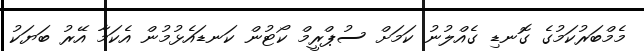
މެމްބަރުކަމުގެ ގޮނޑި ގެއްލުނު ކަމަށް ސުޕްރީމް ކޯޓުން ކަނޑައެޅުމުން އެކަމާ އޭރު ބަޔަކު